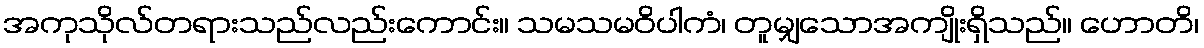
အကုသိုလ်တရားသည်လည်းကောင်း။ သမသမဝိပါကံ၊ တူမျှသောအကျိုးရှိသည်။ ဟောတိ၊